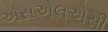
એસએલએસી